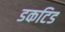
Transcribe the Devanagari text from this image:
डकटिड